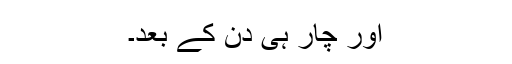
اور چار ہی دن کے بعد۔